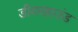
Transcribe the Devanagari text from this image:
डीयरहाउंड